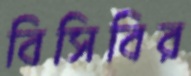
বিসিবির